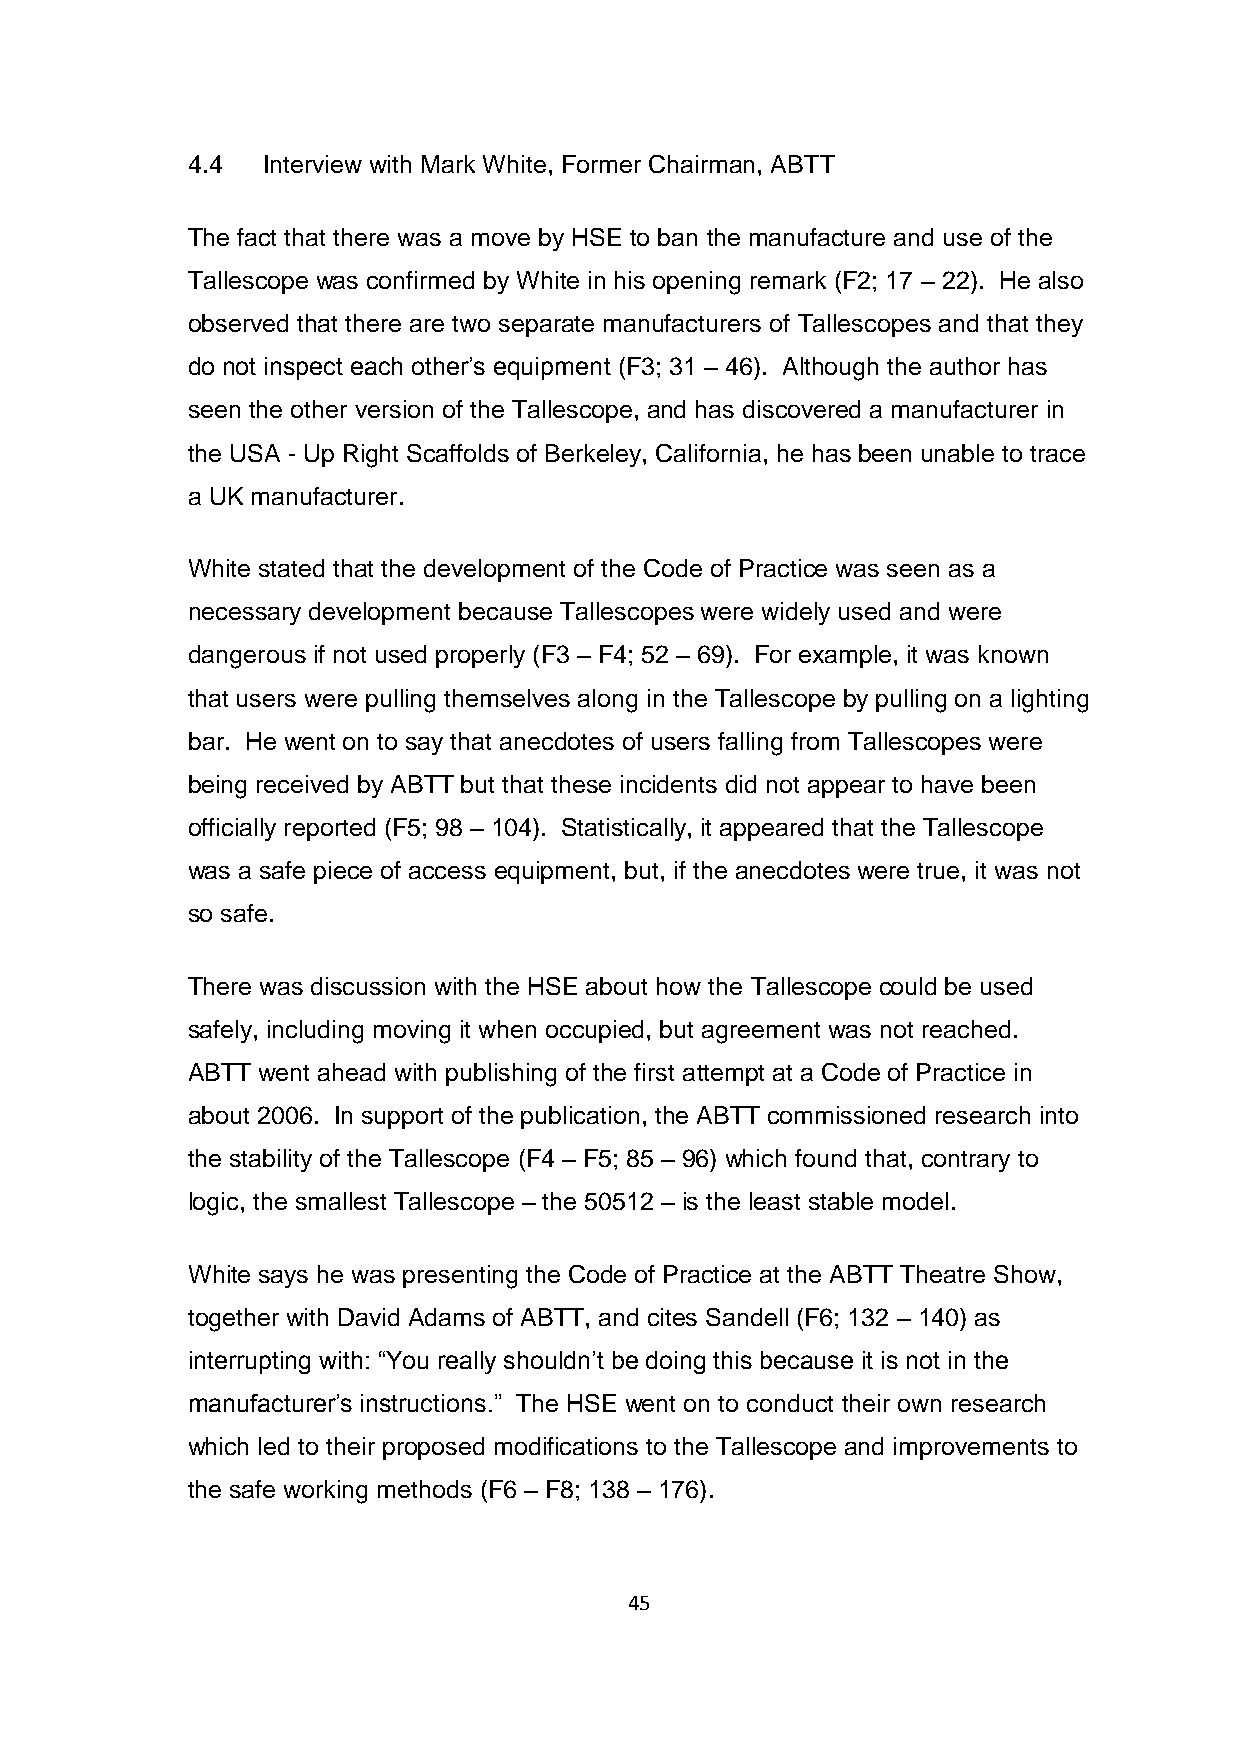
4.4  Interview with Mark White, Former Chairman, ABTT
 The fact that there was a move by HSE to ban the manufacture and use of the
 Tallescope was confirmed by White in his opening remark (F2; 17 – 22). He also
 observed that there are two separate manufacturers of Tallescopes and that they
 do not inspect each other’s equipment (F3; 31 – 46). Although the author has
 seen the other version of the Tallescope, and has discovered a manufacturer in
 the USA - Up Right Scaffolds of Berkeley, California, he has been unable to trace
 a UK manufacturer.
 White stated that the development of the Code of Practice was seen as a
 necessary development because Tallescopes were widely used and were
 dangerous if not used properly (F3 – F4; 52 – 69). For example, it was known
 that users were pulling themselves along in the Tallescope by pulling on a lighting
 bar. He went on to say that anecdotes of users falling from Tallescopes were
 being received by ABTT but that these incidents did not appear to have been
 officially reported (F5; 98 – 104). Statistically, it appeared that the Tallescope
 was a safe piece of access equipment, but, if the anecdotes were true, it was not
 so safe.
 There was discussion with the HSE about how the Tallescope could be used
 safely, including moving it when occupied, but agreement was not reached.
 ABTT went ahead with publishing of the first attempt at a Code of Practice in
 about 2006. In support of the publication, the ABTT commissioned research into
 the stability of the Tallescope (F4 – F5; 85 – 96) which found that, contrary to
 logic, the smallest Tallescope – the 50512 – is the least stable model.
 White says he was presenting the Code of Practice at the ABTT Theatre Show,
 together with David Adams of ABTT, and cites Sandell (F6; 132 – 140) as
 interrupting with: “You really shouldn’t be doing this because it is not in the
 manufacturer’s instructions.” The HSE went on to conduct their own research
 which led to their proposed modifications to the Tallescope and improvements to
 the safe working methods (F6 – F8; 138 – 176).
 45